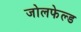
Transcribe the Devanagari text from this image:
जोलफेल्ड